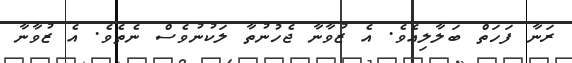
ރަނާ ފަހަތް ބަލާލިއެވެ. އެ ޒުވާނާ ޖެހުނުތާ ލަކުނުވެސް ނެތެވެ. އެ ޒުވާނާ